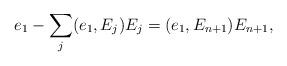
LaTeX: \begin{align*}e_{1}-\sum_{j}(e_{1},E_{j})E_{j}=(e_{1},E_{n+1})E_{n+1},\end{align*}